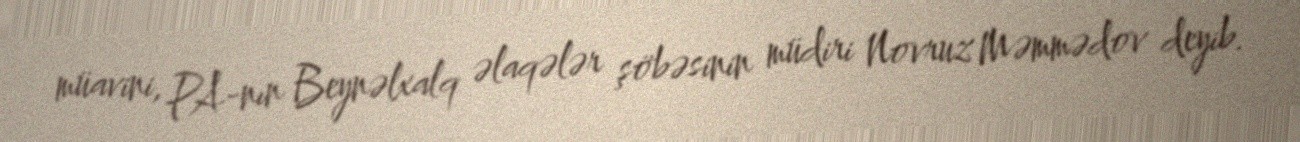
müavini, PA-nın Beynəlxalq əlaqələr şöbəsinin müdiri Novruz Məmmədov deyib.